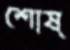
শোষ্‌